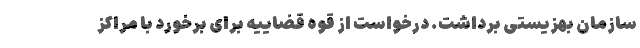
سازمان بهزیستی برداشت. درخواست از قوه قضاییه برای برخورد با مراکز